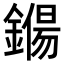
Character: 𨫖